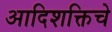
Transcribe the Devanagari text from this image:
आदिशक्तिचे